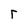
Character: r